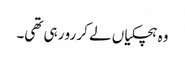
وہ ہچکیاں لے کر رو رہی تھی۔